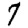
Digit: 7